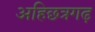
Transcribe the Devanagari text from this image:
अहिछत्रगढ़